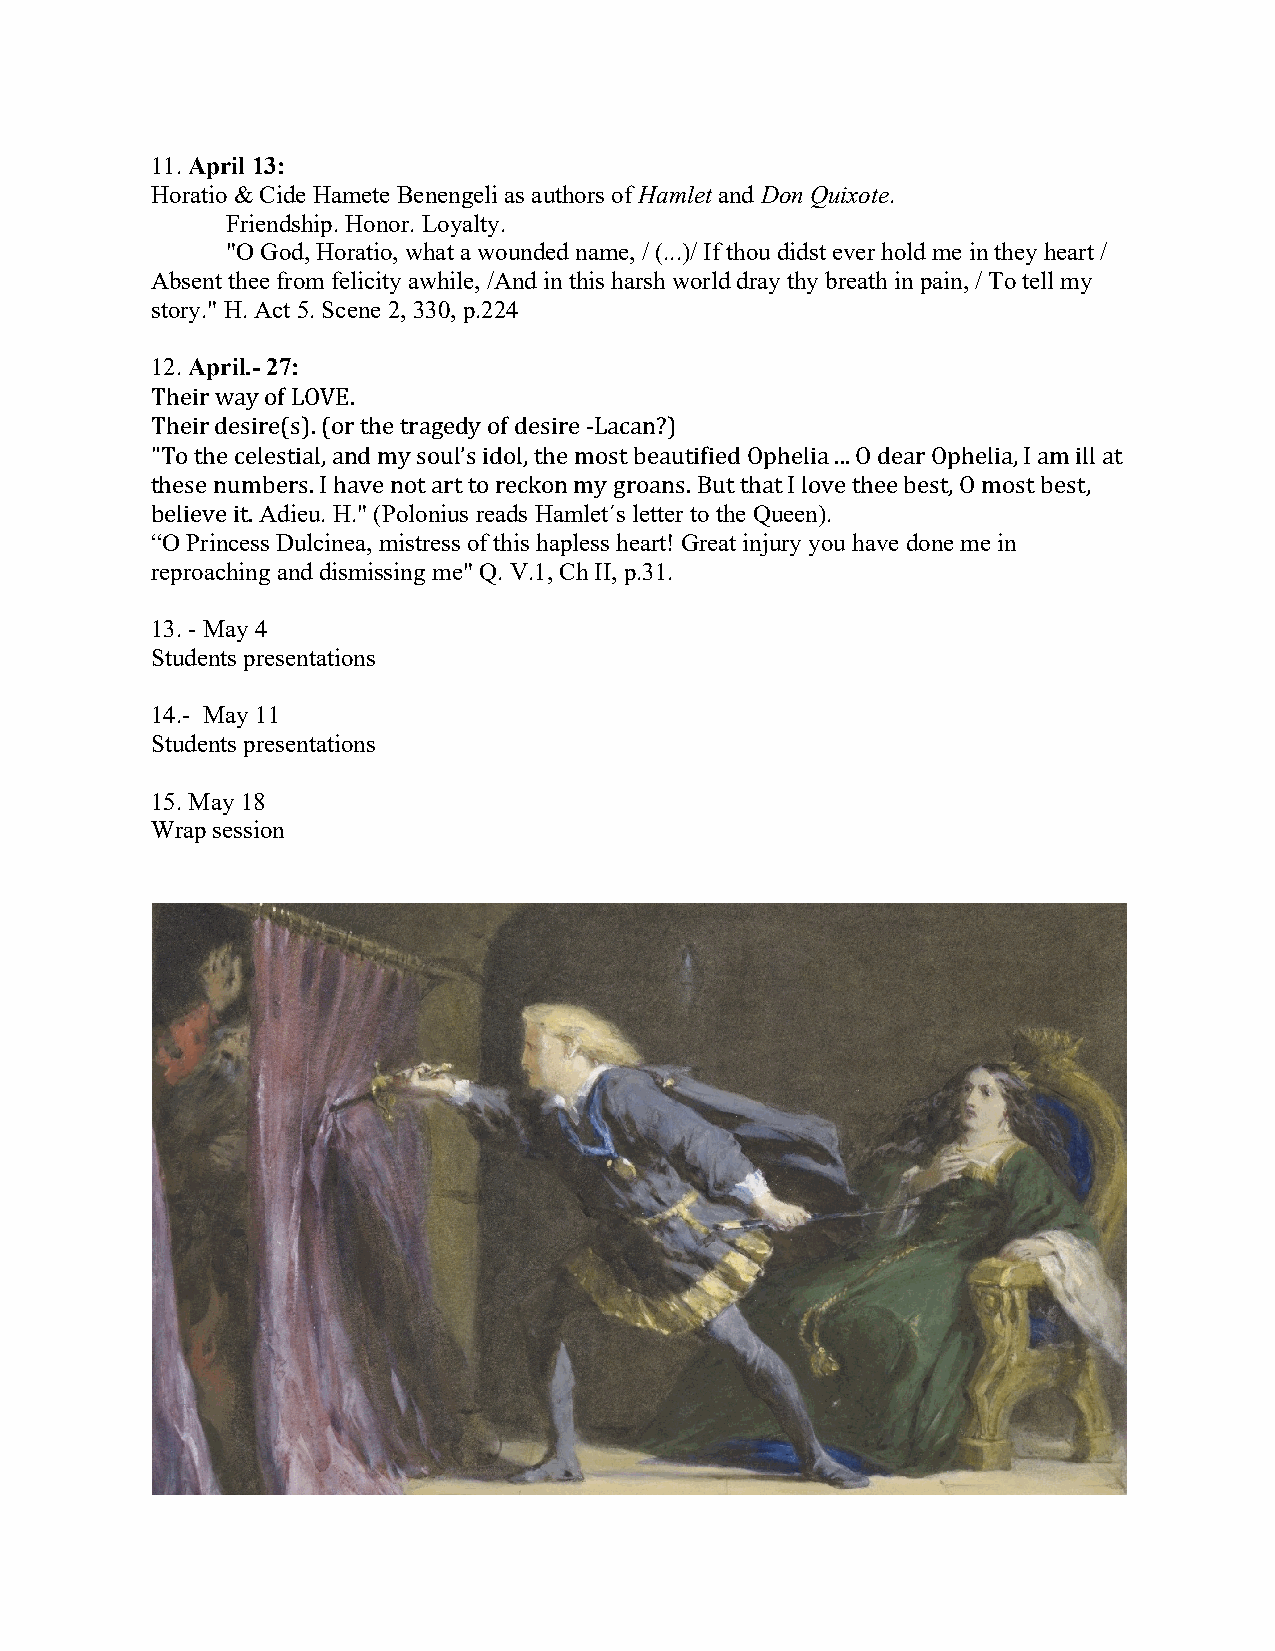
11. April 13:
 Horatio & Cide Hamete Benengeli as authors of Hamlet and Don Quixote.
 Friendship. Honor. Loyalty.
 "O God, Horatio, what a wounded name, / (...)/ If thou didst ever hold me in they heart /
 Absent thee from felicity awhile, /And in this harsh world dray thy breath in pain, / To tell my
 story." H. Act 5. Scene 2, 330, p.224
 12. April.- 27:
 Their way of LOVE.
 Their desire(s). (or the tragedy of desire -Lacan?)
 "To the celestial, and my soul’s idol, the most beautified Ophelia ... O dear Ophelia, I am ill at
 these numbers. I have not art to reckon my groans. But that I love thee best, O most best,
 believe it. Adieu. H." (Polonius reads Hamlet´s letter to the Queen).
 “O Princess Dulcinea, mistress of this hapless heart! Great injury you have done me in
 reproaching and dismissing me" Q. V.1, Ch II, p.31.
 13. - May 4
 Students presentations
 14.- May 11
 Students presentations
 15. May 18
 Wrap session